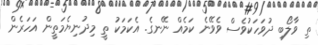
ތި ވާލޯބި ދުވަހަކުވެސް ވެވޭނެ ކަމެއް ނޭނގެ. އެކަމަކު ތީ މިދުނިޔެމަތީން އަހަރެން